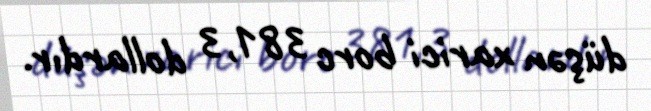
düşən xarici borc 381,3 dollardır.